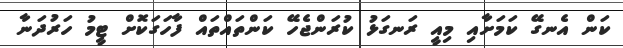
ކަން އެނގޭ ކަމަށާއި މިއީ ރަނގަޅު ކުރަންޖެހޭ ކަންތައްތައް ފާހަގަކޮށް ޓީމު ހަރުދަނާ